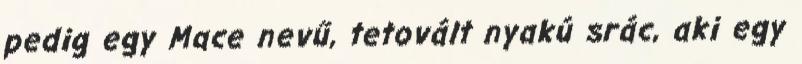
pedig egy Mace nevű, tetovált nyakú srác, aki egy